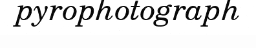
pyrophotograph